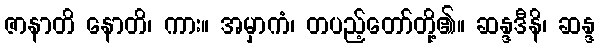
ဇာနာတိ နောတိ၊ ကား။ အမှာကံ၊ တပည့်တော်တို့၏။ ဆန္ဒဒီနိ၊ ဆန္ဒ